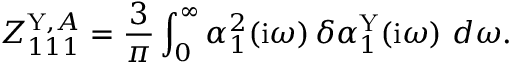
Z _ { 1 1 1 } ^ { \mathrm { Y } , A } = \frac 3 \pi \int _ { 0 } ^ { \infty } \alpha _ { 1 } ^ { 2 } ( \mathrm { i } \omega ) \, \delta \alpha _ { 1 } ^ { \mathrm { Y } } ( \mathrm { i } \omega ) ~ d \omega .